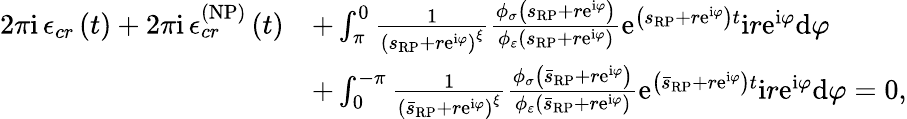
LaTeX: \begin{array}{rl}{2\pi\mathrm{i\, }\mathcal{\epsilon}_{cr}\left(t\right)+2\pi\mathrm{i\, }\mathcal{\epsilon}_{cr}^{\left(\mathrm{NP}\right)}\left(t\right)}&{+\int_{\pi}^{0}\frac{1}{\left(s_{\scriptscriptstyle{\mathrm{RP}}}+r\mathrm{e}^{\mathrm{i}\varphi}\right)^{\xi}}\frac{\phi_{\sigma}\left(s_{\scriptscriptstyle{\mathrm{RP}}}+r\mathrm{e}^{\mathrm{i}\varphi}\right)}{\phi_{\varepsilon}\left(s_{\scriptscriptstyle{\mathrm{RP}}}+r\mathrm{e}^{\mathrm{i}\varphi}\right)}\mathrm{e}^{\left(s_{\scriptscriptstyle{\mathrm{RP}}}+r\mathrm{e}^{\mathrm{i}\varphi}\right)t}\mathrm{i}r\mathrm{e}^{\mathrm{i}\varphi}\mathrm{d}\varphi}\\ &{+\int_{0}^{-\pi}\frac{1}{\left(\bar{s}_{\scriptscriptstyle{\mathrm{RP}}}+r\mathrm{e}^{\mathrm{i}\varphi}\right)^{\xi}}\frac{\phi_{\sigma}\left(\bar{s}_{\scriptscriptstyle{\mathrm{RP}}}+r\mathrm{e}^{\mathrm{i}\varphi}\right)}{\phi_{\varepsilon}\left(\bar{s}_{\scriptscriptstyle{\mathrm{RP}}}+r\mathrm{e}^{\mathrm{i}\varphi}\right)}\mathrm{e}^{\left(\bar{s}_{\scriptscriptstyle{\mathrm{RP}}}+r\mathrm{e}^{\mathrm{i}\varphi}\right)t}\mathrm{i}r\mathrm{e}^{\mathrm{i}\varphi}\mathrm{d}\varphi=0,}\end{array}